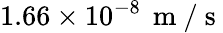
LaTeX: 1.66\times 10^{-8}\, \mathrm{~m~/~s~}